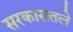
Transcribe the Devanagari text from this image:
सरकारातले